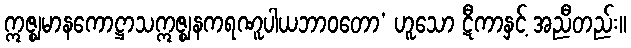
ဣဇ္ဈမာနကောဋ္ဌာသဣဇ္ဈနကရဏူပါယဘာဝတော’ ဟူသော ဋီကာနှင့် အညီတည်း။